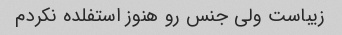
زیباست ولی جنس رو هنوز استفلده نکردم